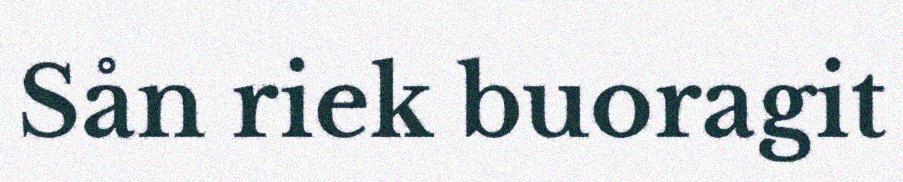
Sån riek buoragit